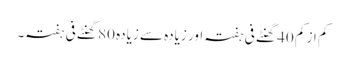
کم از کم 40 گھنٹے فی ہفتہ اور زیادہ سے زیادہ 80 گھنٹے فی ہفتہ۔